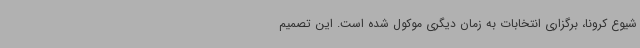
شیوع کرونا، برگزاری انتخابات به زمان دیگری موکول شده است. این تصمیم